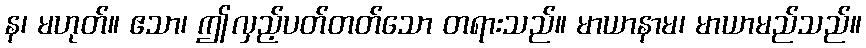
န၊ မဟုတ်။ ဧသာ၊ ဤလှည့်ပတ်တတ်သော တရားသည်။ မာယာနာမ၊ မာယာမည်သည်။